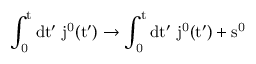
\mathrm { ~ \int _ { 0 } ^ { t } d t ^ { \prime } ~ j ^ { 0 } ( t ^ { \prime } ) \to \int _ { 0 } ^ { t } d t ^ { \prime } ~ j ^ { 0 } ( t ^ { \prime } ) + s ^ { 0 } ~ }